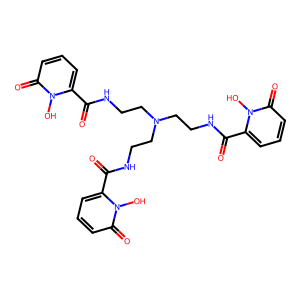
SMILES: O=C(NCCN(CCNC(=O)c1cccc(=O)n1O)CCNC(=O)c1cccc(=O)n1O)c1cccc(=O)n1O
Inhibits HIV replication: No